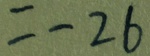
= - 2 6